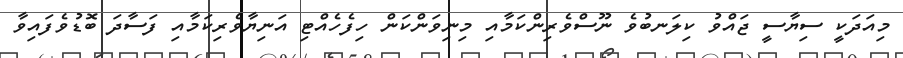
މިއަދަކީ ސިޔާސީ ޖައްވު ކިލަނބުވެ ނޫސްވެރިންކަމާއި މިނިވަންކަން ހިފެހެއްޓި އަނިޔާވެރިކަމާއި ފަސާދަ ބޮޑުވެފައިވާ